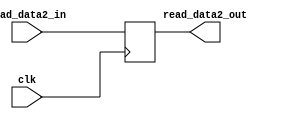
module B_reg_module(clk, read_data2_in, read_data2_out);
    input clk;
    input [31:0]read_data2_in;
    output [31:0]read_data2_out;
    reg [31:0]read_data2_out;
    always @ (posedge clk)
    read_data2_out <= read_data2_in;
endmodule